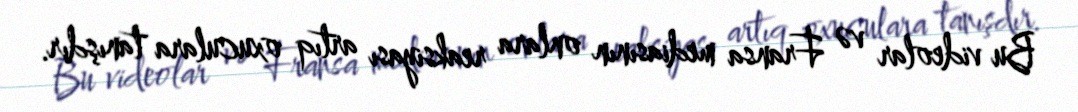
Bu videolar və Fransa mediasının onlara reaksiyası artıq oxuculara tanışdır.